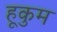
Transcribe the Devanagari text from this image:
हूकुम